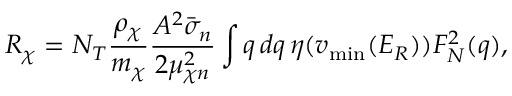
R _ { \chi } = N _ { T } \frac { \rho _ { \chi } } { m _ { \chi } } \frac { A ^ { 2 } \bar { \sigma } _ { n } } { 2 \mu _ { \chi n } ^ { 2 } } \int q \, d q \, \eta ( v _ { \mathrm { m i n } } ( E _ { R } ) ) F _ { N } ^ { 2 } ( q ) ,